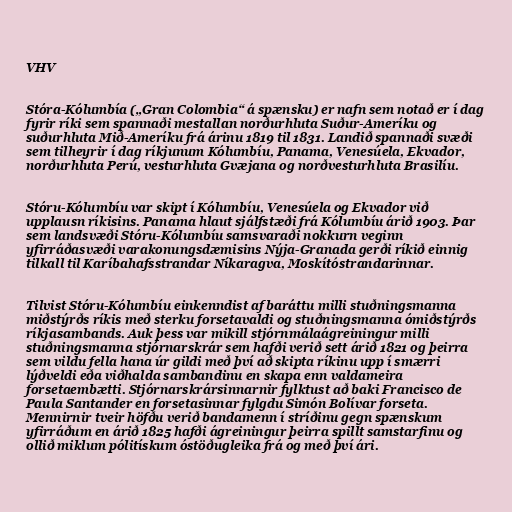
VHV

Stóra-Kólumbía („Gran Colombia“ á spænsku) er nafn sem notað er í dag
fyrir ríki sem spannaði mestallan norðurhluta Suður-Ameríku og
suðurhluta Mið-Ameríku frá árinu 1819 til 1831. Landið spannaði svæði
sem tilheyrir í dag ríkjunum Kólumbíu, Panama, Venesúela, Ekvador,
norðurhluta Perú, vesturhluta Gvæjana og norðvesturhluta Brasilíu.

Stóru-Kólumbíu var skipt í Kólumbíu, Venesúela og Ekvador við
upplausn ríkisins. Panama hlaut sjálfstæði frá Kólumbíu árið 1903. Þar
sem landsvæði Stóru-Kólumbíu samsvaraði nokkurn veginn
yfirráðasvæði varakonungsdæmisins Nýja-Granada gerði ríkið einnig
tilkall til Karíbahafsstrandar Níkaragva, Moskítóstrandarinnar.

Tilvist Stóru-Kólumbíu einkenndist af baráttu milli stuðningsmanna
miðstýrðs ríkis með sterku forsetavaldi og stuðningsmanna ómiðstýrðs
ríkjasambands. Auk þess var mikill stjórnmálaágreiningur milli
stuðningsmanna stjórnarskrár sem hafði verið sett árið 1821 og þeirra
sem vildu fella hana úr gildi með því að skipta ríkinu upp í smærri
lýðveldi eða viðhalda sambandinu en skapa enn valdameira
forsetaembætti. Stjórnarskrársinnarnir fylktust að baki Francisco de
Paula Santander en forsetasinnar fylgdu Simón Bolívar forseta.
Mennirnir tveir höfðu verið bandamenn í stríðinu gegn spænskum
yfirráðum en árið 1825 hafði ágreiningur þeirra spillt samstarfinu og
ollið miklum pólitískum óstöðugleika frá og með því ári.